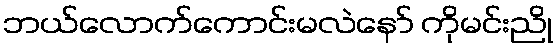
ဘယ်လောက်ကောင်းမလဲနော် ကိုမင်းညို